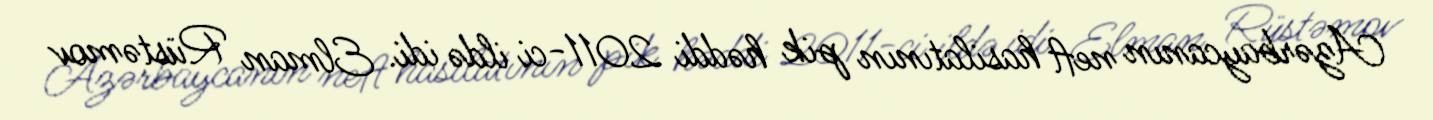
Azərbaycanın neft hasilatının pik həddi 2011-ci ildə idi. Elman Rüstəmov